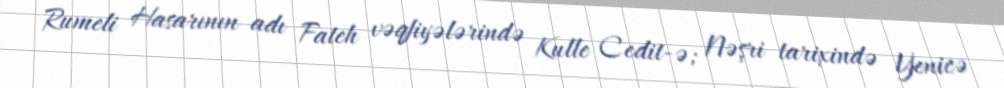
Rumeli Hasarının adı Fateh vəqfiyələrində Kulle Cedit-ə; Nəşri tarixində Yenicə